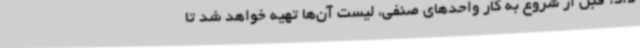
داد: قبل از شروع به کار واحدهای صنفی، لیست آن‌ها تهیه خواهد شد تا